Statistical return of the lunatic asylum in Assam - 1912-1932
Year: 1912
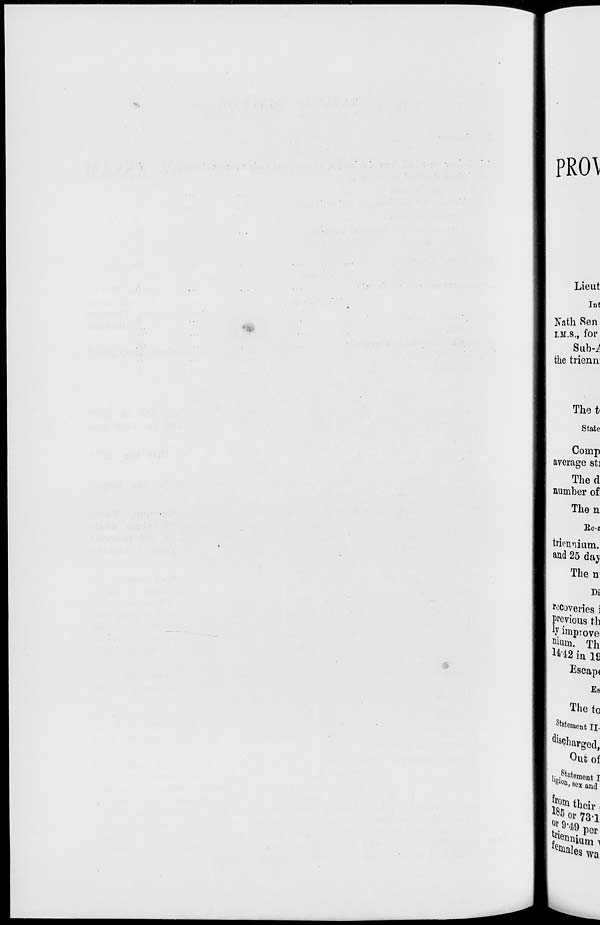
PRO\
• ■:
;•
Lieut
Ini
Nath Ren
I.M.S., for
Sub-i
the trienn:
Thet*
State
Comp
average st]
The d
number of
Then
lle-t
triennium.
and 25 day
Then
Di
recoveries i
P^vious th
v improve
niuin. Th
^2 in 18
Escape
Es
The to
St atoment TJ,
Charged,
Out of
MOn > sex and
S? their '
*«5 or 73.-1
tri . p Qr